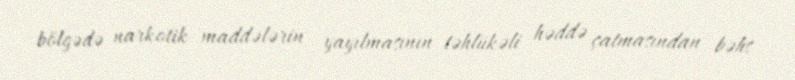
bölgədə narkotik maddələrin yayılmasının təhlükəli həddə çatmasından bəhs